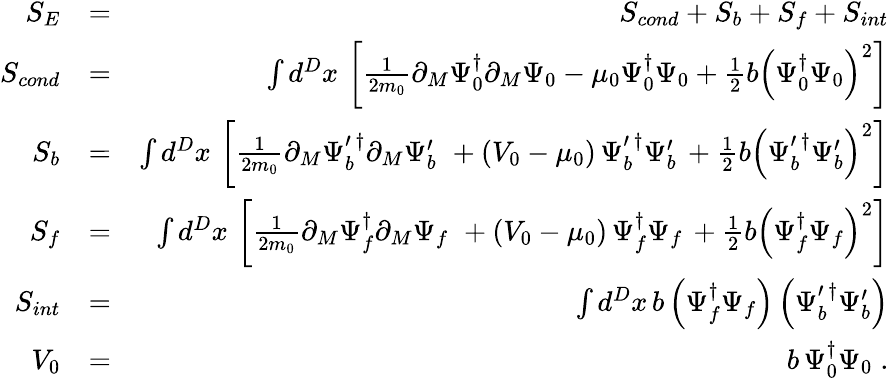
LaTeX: \begin{array}{rlr}{S_{E}}&{=}&{S_{cond}+S_{b}+S_{f}+S_{int}}\\ {S_{cond}}&{=}&{\int d^{D}x\, \left[\frac{1}{2m_{0}}\partial_{M}\Psi_{0}^{\dagger}\partial_{M}\Psi_{0}-\mu_{0}\Psi_{0}^{\dagger}\Psi_{0}+\frac{1}{2}b\left(\Psi_{0}^{\dagger}\Psi_{0}\right)^{2}\right]}\\ {S_{b}}&{=}&{\int d^{D}x\, \left[\frac{1}{2m_{0}}\partial_{M}\Psi_{b}^{\prime\, \dagger}\partial_{M}\Psi_{b}^{\prime}\, \, +\left(V_{0}-\mu_{0}\right)\, \Psi_{b}^{\prime\, \dagger}\Psi_{b}^{\prime}\, +\frac{1}{2}b\left(\Psi_{b}^{\prime\, \dagger}\Psi_{b}^{\prime}\right)^{2}\right]}\\ {S_{f}}&{=}&{\int d^{D}x\, \left[\frac{1}{2m_{0}}\partial_{M}\Psi_{f}^{\dagger}\partial_{M}\Psi_{f}\, \, +\left(V_{0}-\mu_{0}\right)\, \Psi_{f}^{\dagger}\Psi_{f}\, +\frac{1}{2}b\left(\Psi_{f}^{\dagger}\Psi_{f}\right)^{2}\right]}\\ {S_{int}}&{=}&{\int d^{D}x\, b\left(\Psi_{f}^{\dagger}\Psi_{f}\right)\left(\Psi_{b}^{\prime\, \dagger}\Psi_{b}^{\prime}\right)}\\ {V_{0}}&{=}&{b\, \Psi_{0}^{\dagger}\Psi_{0}\; .}\end{array}